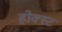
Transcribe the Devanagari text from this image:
होक्स्ट